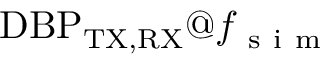
\mathrm { D B P } _ { \mathrm { T X , R X } } @ f _ { \mathrm { ~ s ~ i ~ m ~ } }